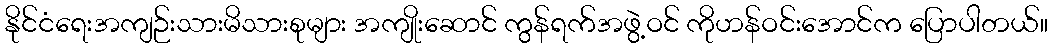
နိုင်ငံရေးအကျဉ်းသားမိသားစုများ အကျိုးဆောင် ကွန်ရက်အဖွဲ့ဝင် ကိုဟန်ဝင်းအောင်က ပြောပါတယ်။